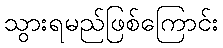
သွားရမည်ဖြစ်ကြောင်း